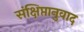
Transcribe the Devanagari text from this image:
संक्षिप्तानुवाद